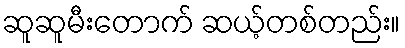
ဆူဆူမီးတောက် ဆယ့်တစ်တည်း။